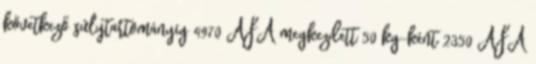
következő súlytartományig 4970 ÁFA megkezdett 50 kg-ként 2350 ÁFA